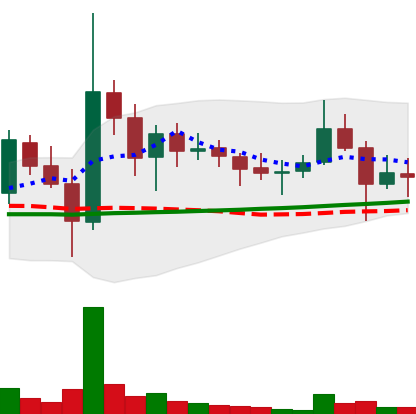
Ticker: DOGE-USD
Chart end date: 2021-11-12
Forward return: -8.453%
Label: down_7plus